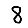
Digit: 8